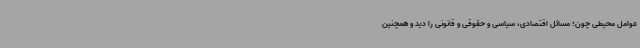
عوامل محیطی چون؛ مسائل اقتصادی، سیاسی و حقوقی و قانونی را دید و همچنین